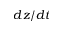
d z / d t